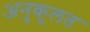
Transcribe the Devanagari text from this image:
अनुकूलत